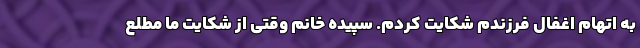
به اتهام اغفال فرزندم شکایت کردم. سپیده خانم وقتی از شکایت ما مطلع